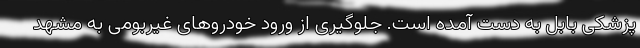
پزشکی بابل به دست آمده است. جلوگیری از ورود خودروهای غیربومی به مشهد